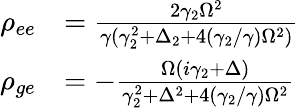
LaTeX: \begin{array}{rl}{\rho_{ee}}&{=\frac{2\gamma_{2}\Omega^{2}}{\gamma(\gamma_{2}^{2}+\Delta_{2}+4(\gamma_{2}/\gamma)\Omega^{2})}}\\ {\rho_{ge}}&{=-\frac{\Omega(i\gamma_{2}+\Delta)}{\gamma_{2}^{2}+\Delta^{2}+4(\gamma_{2}/\gamma)\Omega^{2}}}\end{array}